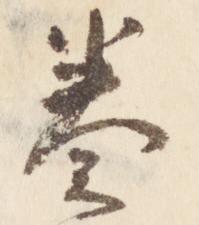
奏